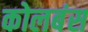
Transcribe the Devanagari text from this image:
कोलबंस